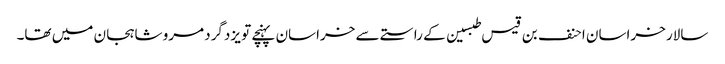
سالار خراسان احنف بن قیس طبسین کے راستے سے خراسان پہنچے تو یزدگرد مرو شاہجان میں تھا۔